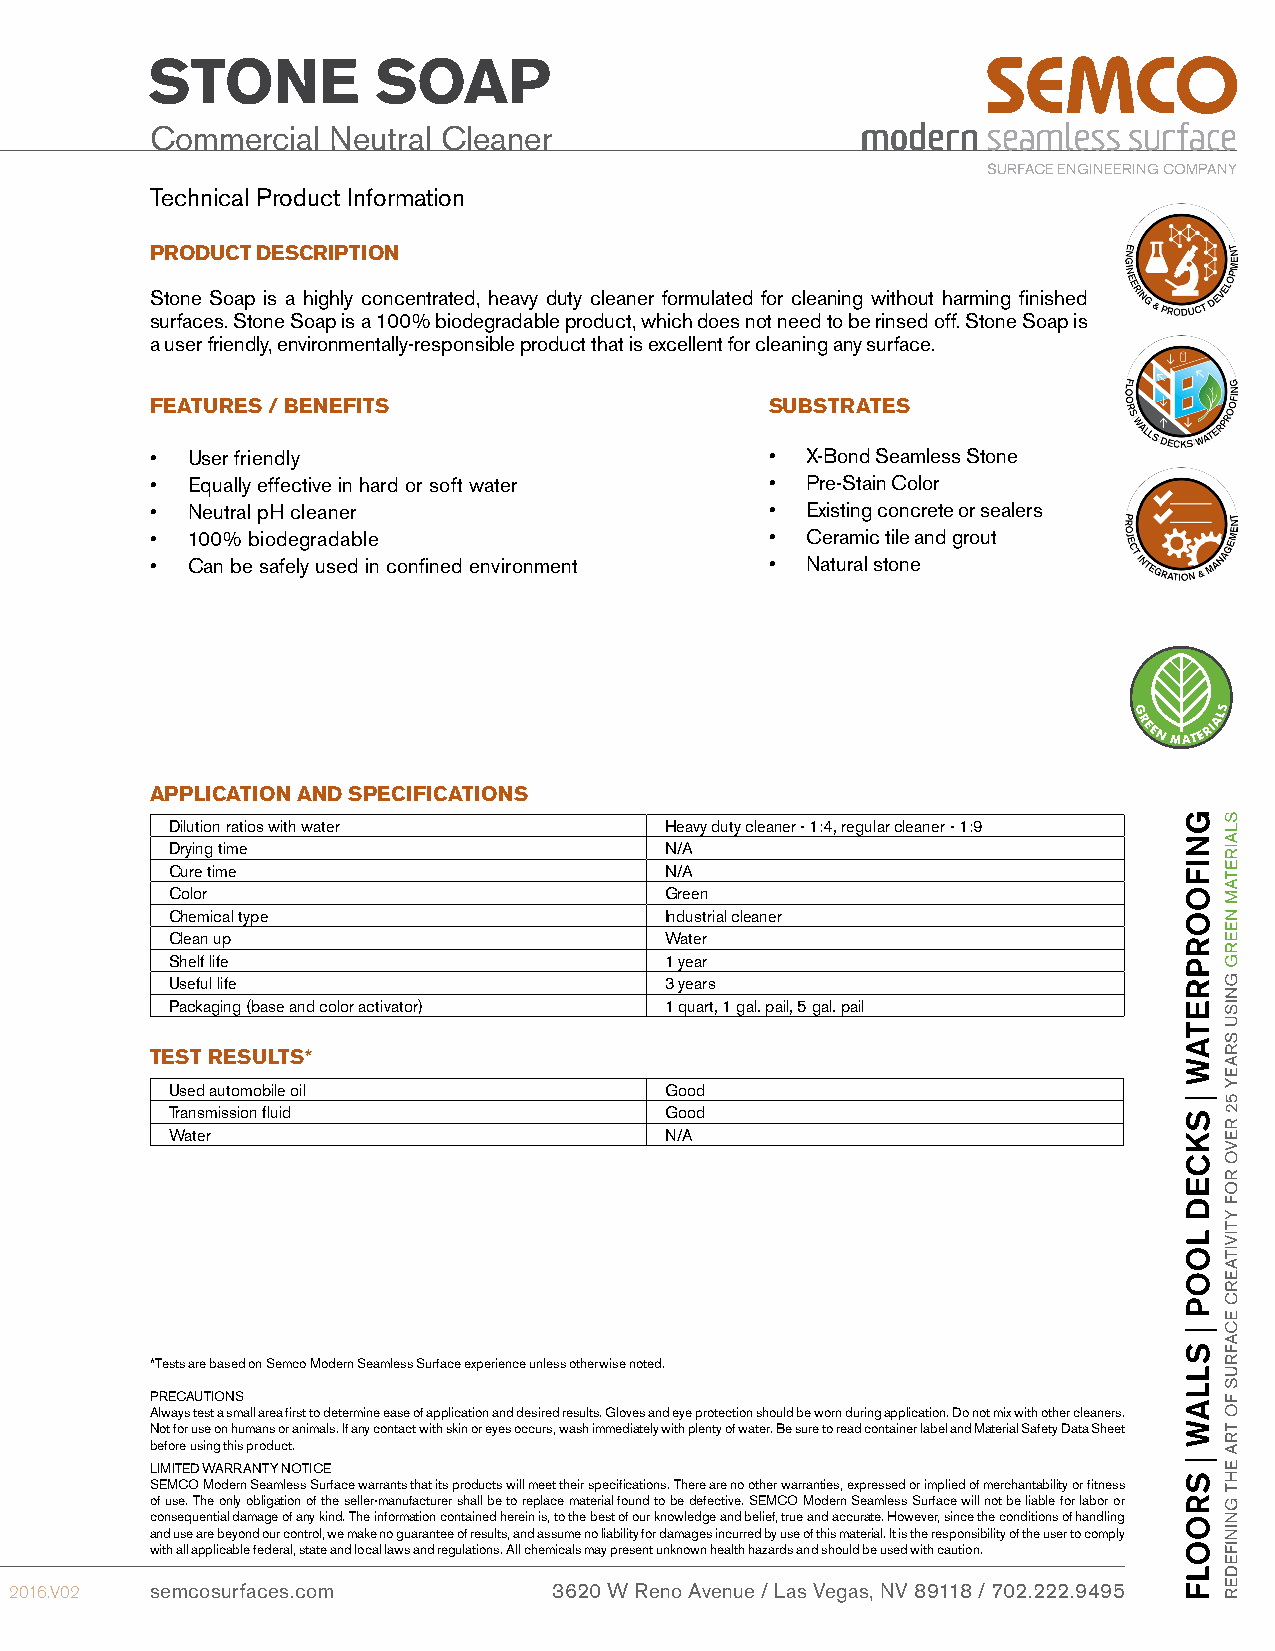
STONE          SOAP
 Commercial  Neutral Cleaner
 SURFACE ENGINEERING COMPANY
 Technical Product Information
 PRODUCT DESCRIPTION
 Stone Soap is a highly concentrated, heavy duty cleaner formulated for cleaning without harming finished
 surfaces. Stone Soap is a 100% biodegradable product, which does not need to be rinsed off. Stone Soap is
 a user friendly, environmentally-responsible product that is excellent for cleaning any surface.
 FEATURES / BENEFITS                      SUBSTRATES
 • User friendly                          • X-Bond Seamless Stone
 • Equally effective in hard or soft water • Pre-Stain Color
 • Neutral pH cleaner                     • Existing concrete or sealers
 • 100% biodegradable                     • Ceramic tile and grout
 • Can be safely used in confined environment • Natural stone
 APPLICATION AND SPECIFICATIONS
 Dilution ratios with water       Heavy duty cleaner - 1:4, regular cleaner - 1:9
 Drying time                      N/A
 Cure time                        N/A
 Color                            Green
 Chemical type                    Industrial cleaner
 Clean up                         Water
 Shelf life                       1 year
 Useful life                      3 years
 Packaging (base and color activator) 1 quart, 1 gal. pail, 5 gal. pail
 TEST RESULTS*
 Used automobile oil              Good
 Transmission fluid               Good
 Water                            N/A
 *Tests are based on Semco Modern Seamless Surface experience unless otherwise noted.
 PRECAUTIONS
 Always test a small area first to determine ease of application and desired results. Gloves and eye protection should be worn during application. Do not mix with other cleaners.
 Not for use on humans or animals. If any contact with skin or eyes occurs, wash immediately with plenty of water. Be sure to read container label and Material Safety Data Sheet
 before using this product.
 LIMITED WARRANTY NOTICE
 SEMCO Modern Seamless Surface warrants that its products will meet their specifications. There are no other warranties, expressed or implied of merchantability or fitness
 of use. The only obligation of the seller-manufacturer shall be to replace material found to be defective. SEMCO Modern Seamless Surface will not be liable for labor or
 consequential damage of any kind. The information contained herein is, to the best of our knowledge and belief, true and accurate. However, since the conditions of handling
 and use are beyond our control, we make no guarantee of results, and assume no liability for damages incurred by use of this material. It is the responsibility of the user to comply
 with all applicable federal, state and local laws and regulations. All chemicals may present unknown health hazards and should be used with caution.
 2016.V02 semcosurfaces.com          3620 W Reno Avenue / Las Vegas, NV 89118 / 702.222.9495